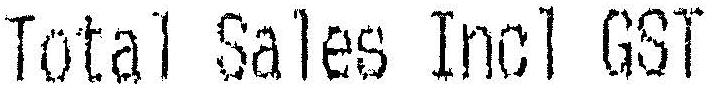
TOTAL SALES INCL GST